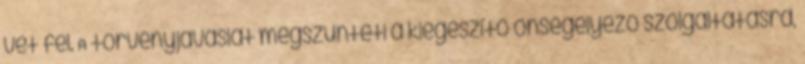
vet fel. A törvényjavaslat megszünteti a kiegészítő önsegélyező szolgáltatásra,